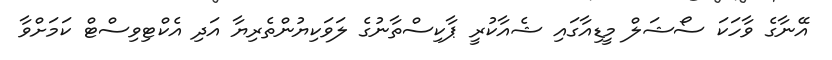
އޭނާގެ ވާހަކަ ސޯޝަލް މީޑިއާގައި ޝެއާކުރީ ޕާކިސްތާނުގެ ލަވަކިޔުންތެރިޔާ އަދި އެކްޓިވިސްޓް ކަމަށްވާ